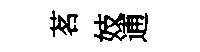
茗妓逋